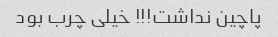
پاچین نداشت!!! خیلی چرب بود